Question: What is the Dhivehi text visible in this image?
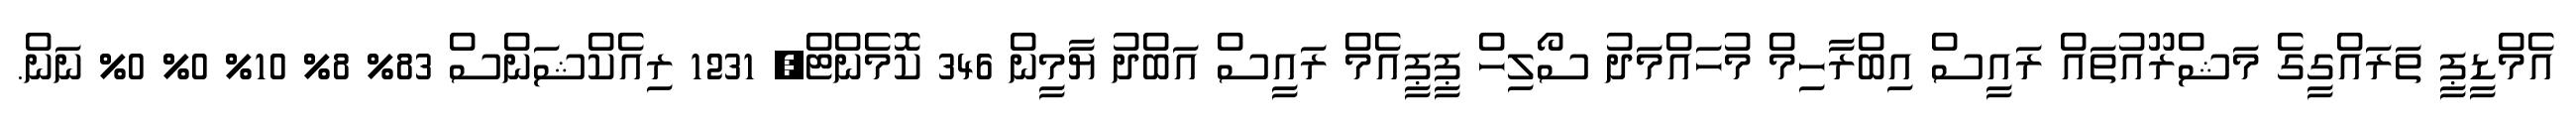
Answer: އެމްޑީޕީ ތަރައްގީގެ މަޝްރޫއުތައް ރައީސް އިބްރާހިމް މުހައްމަދު ސޯލިހް ޕީޕީއެމް ރައީސް އަބްދު ޔާމީން 346 ކޮމެންޓް, 1231 ރިއެކްޝަންސް 83% 8% 10% 0% 0% ނަން.